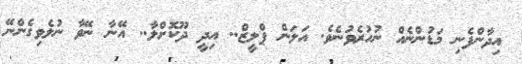
އިދާންފެނި މަޑުންނެއް ނުހުރެވުނެވެ. އަލަން ޕްލީޒް.. އިދީ ދޫކޮށްލާ.. އޭނާ ނޭވާ ނުލެވިގެންނޭ